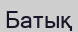
Батық